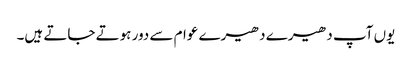
یوں آپ دھیرے دھیرے عوام سے دور ہوتے جاتے ہیں۔